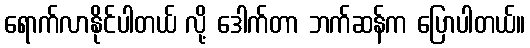
ရောက်လာနိုင်ပါတယ် လို့ ဒေါက်တာ ဘက်ဆန်က ပြောပါတယ်။